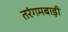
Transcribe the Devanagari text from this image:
तरंगमबाड़ी